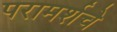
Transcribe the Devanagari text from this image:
परामर्शचे